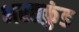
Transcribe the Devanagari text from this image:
भरतकुंड